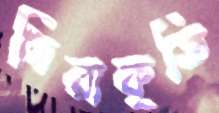
নিরাকৃতি